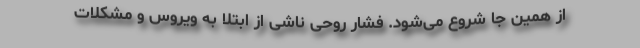
از همین جا شروع می‌شود. فشار روحی ناشی از ابتلا به ویروس و مشکلات